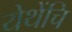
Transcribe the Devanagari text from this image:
येथेंचि